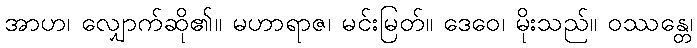
အာဟ၊ လျှောက်ဆို၏။ မဟာရာဇ၊ မင်းမြတ်။ ဒေဝေ၊ မိုးသည်။ ဝဿန္တေ၊